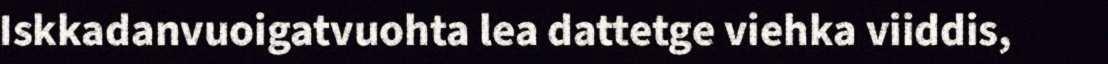
Iskkadanvuoigatvuohta lea dattetge viehka viiddis,